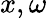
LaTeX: x,\omega